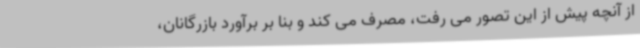
از آنچه پیش از این تصور می رفت، مصرف می کند و بنا بر برآورد بازرگانان،